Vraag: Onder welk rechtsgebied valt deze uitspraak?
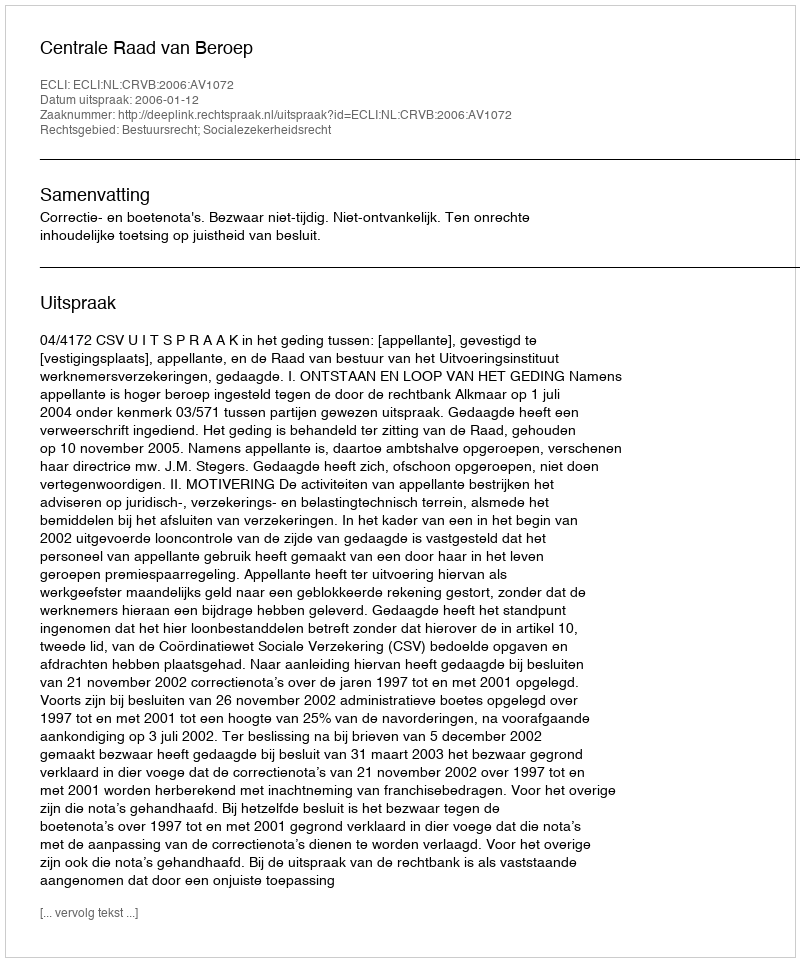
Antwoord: Bestuursrecht; Socialezekerheidsrecht